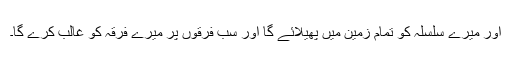
اور میرے سلسلہ کو تمام زمین میں پھیلائے گا اور سب فرقوں پر میرے فرقہ کو غالب کرے گا۔